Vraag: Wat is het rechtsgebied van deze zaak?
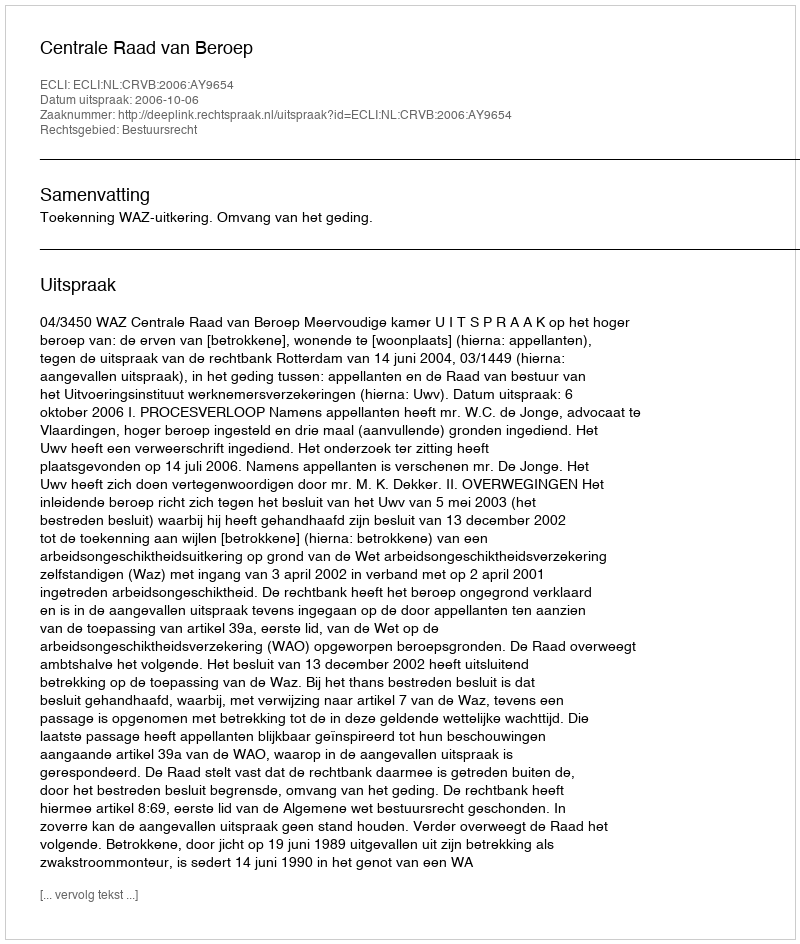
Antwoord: Bestuursrecht